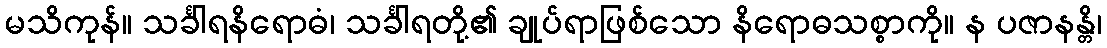
မသိကုန်။ သင်္ခါရနိရောဓံ၊ သင်္ခါရတို့၏ ချုပ်ရာဖြစ်သော နိရောဓသစ္စာကို။ န ပဇာနန္တိ၊